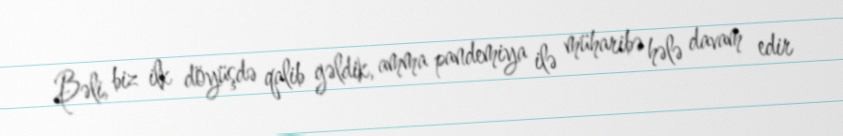
Bəli, biz ilk döyüşdə qalib gəldik, amma pandemiya ilə müharibə hələ davam edir